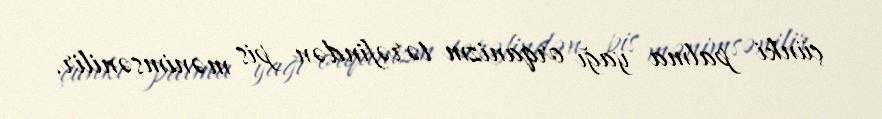
çünki palma yağı orqanizm tərəfindən pis mənimsənilir.